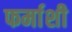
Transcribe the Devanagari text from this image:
फर्माशी